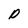
Character: P